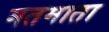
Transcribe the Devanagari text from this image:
मतमाता